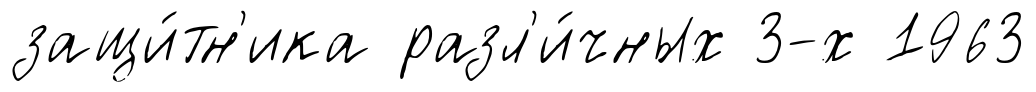
защи́тн'ика разл'и́чных 3-х 1963